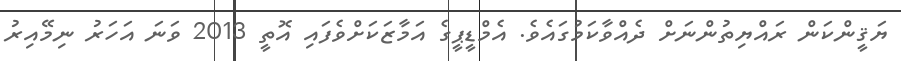
ޔަޤީންކަން ރައްޔިތުންނަށް ދެއްވާކަމުގައެވެ. އެމްޑީޕީގެ އަމާޒަކަށްވެފައި އޮތީ 2013 ވަނަ އަހަރު ނިމޭއިރު